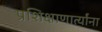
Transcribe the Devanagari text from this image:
प्रशिक्षाणार्त्यांना